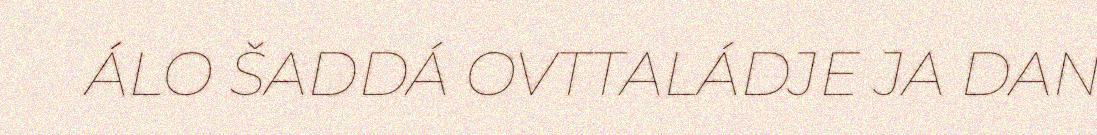
ÁLO ŠADDÁ OVTTALÁDJE JA DAN